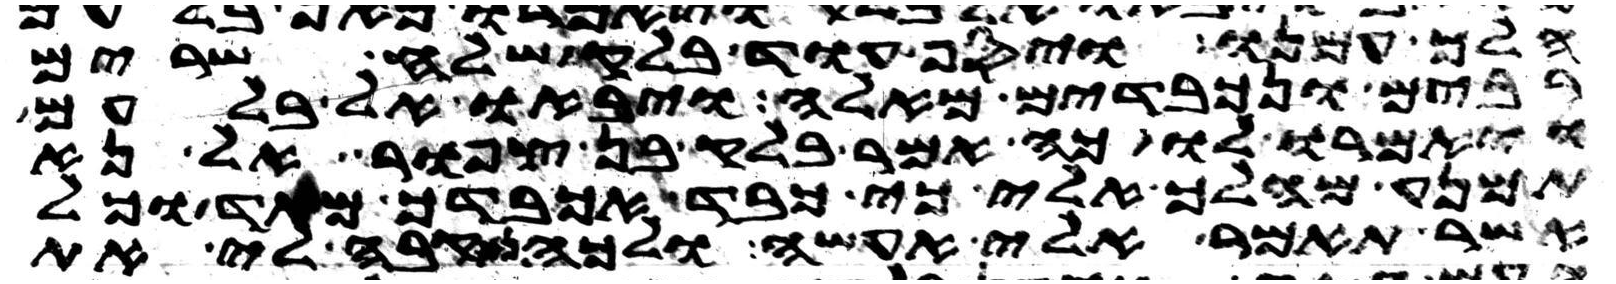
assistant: הלך עמנו ויסף עוד בלק שלח שרים
רבים ונכבדים מאלה ויבאו אל בלעם
ויאמרו לו כה אמר בלק בן צפור אל נא
תמנע מהלך אלי כי כבד אכבדך מאד וכל
אשר תאמר אלי אעשה ולכה נא קבה לי את